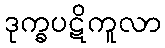
ဒုက္ခပဋိကူလာ